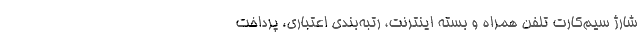
شارژ سیم‌کارت تلفن همراه و بسته اینترنت، رتبه‌بندی اعتباری، پرداخت